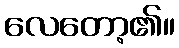
လေတော့၏။